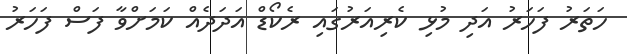
ހަތަރު ފަހަރު އަދި މުޅި ކެރިއަރުގައި ރެކޯޑް އަދަދެއް ކަމަށްވާ ފަސް ފަހަރު